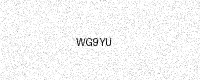
Text: WG9YU